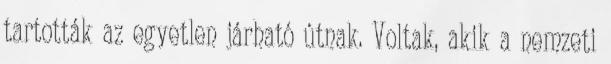
tartották az egyetlen járható útnak. Voltak, akik a nemzeti